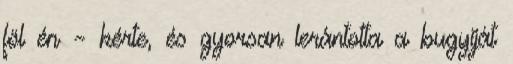
föl én – kérte, és gyorsan lerántotta a bugyiját